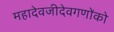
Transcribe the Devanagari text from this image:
महादेवजीदेवगणोंको